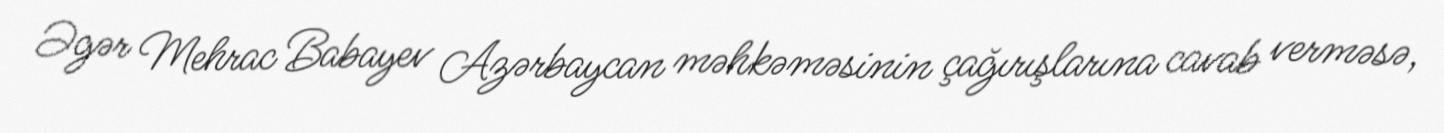
Əgər Mehrac Babayev Azərbaycan məhkəməsinin çağırışlarına cavab verməsə,